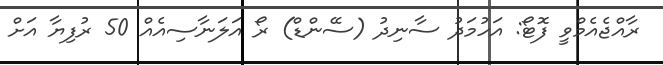
ރާއްޖެއެމްވީ ފޮޓޯ: އަހުމަދު ސާނިދު (ސޭންޑް) ރޯ އަލަނާސިއެއް 50 ރުފިޔާ އަށް